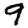
Digit: 9